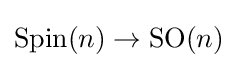
\operatorname {Spin} (n)\to \operatorname {SO} (n)